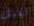
تقبل